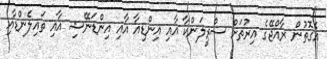
އެގޮތުން ރާއްޖޭގެ އިރުތަށް ސްރީލަންކާ އާއި އިންޑިއާ އާއި އިންޑަނޭޝި އާއި ތައިލެންޑާއި